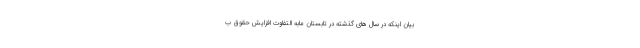
بیان اینکه در سال های گذشته در تابستان مابه التفاوت افزایش حقوق ب